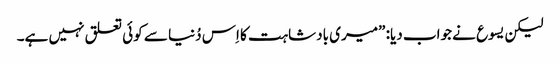
‏ لیکن یسوع نے جواب دیا:‏ ”‏میری بادشاہت کا اِس دُنیا سے کوئی تعلق نہیں ہے۔